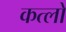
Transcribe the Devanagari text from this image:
कत्लों